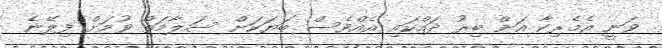
ވަނީ އެމެރިކާ އަށް ބިރު ދައްކައި އެއްވެސް ބަޔަކަށް ސަލާމަތް ވުމަށް ފިލޭނެ